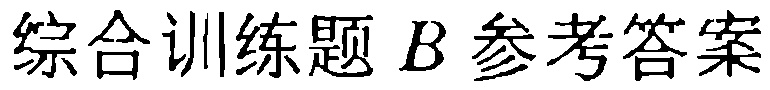
综合训练题 B 参考答案